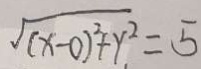
\sqrt { ( x - 0 ) ^ { 2 } + y . ^ { 2 } } = 5